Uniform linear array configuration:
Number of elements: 12
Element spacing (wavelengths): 0.75
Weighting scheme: kaiser
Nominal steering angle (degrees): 30
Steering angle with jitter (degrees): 29.512
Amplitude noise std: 0.05
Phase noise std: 0.05

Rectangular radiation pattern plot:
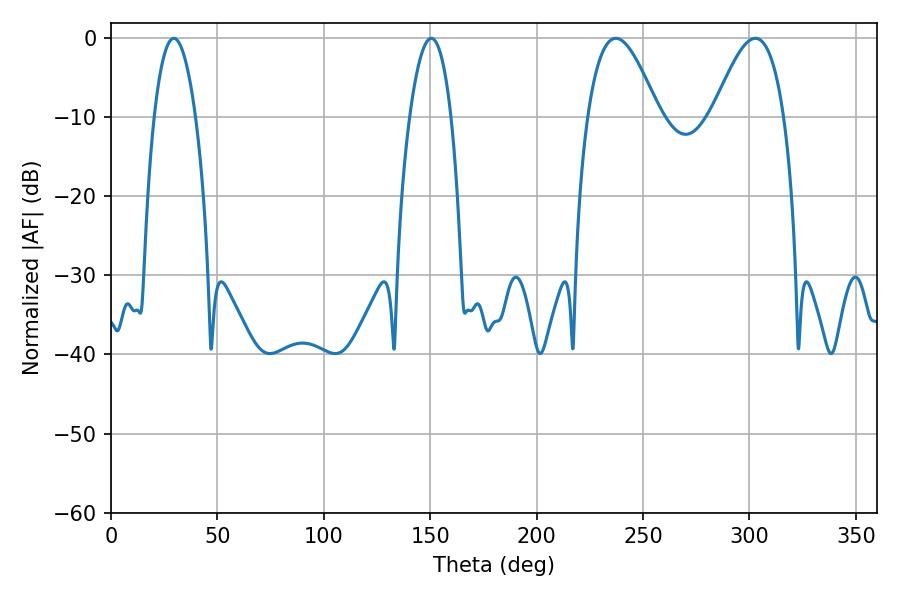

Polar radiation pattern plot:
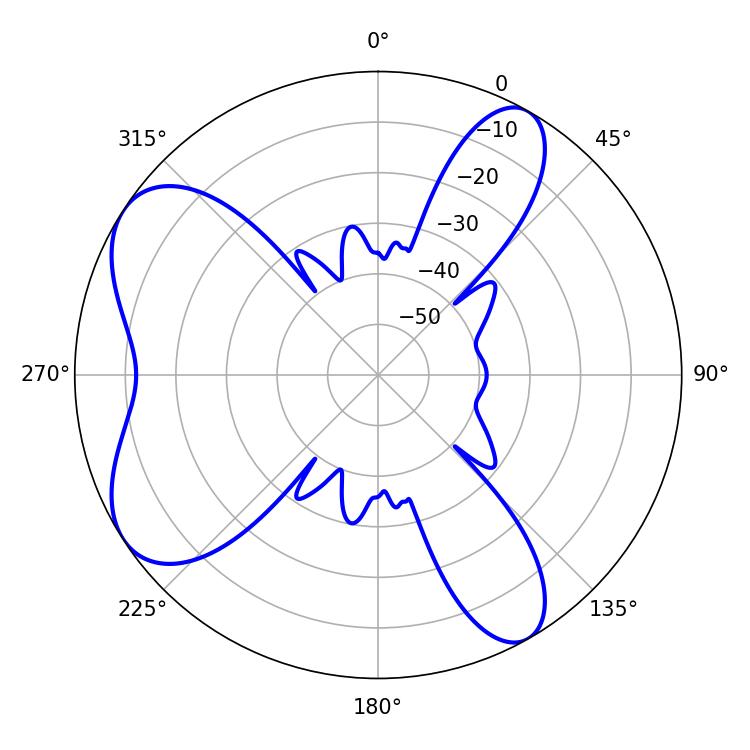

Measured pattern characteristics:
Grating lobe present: TRUE
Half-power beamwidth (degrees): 10.8
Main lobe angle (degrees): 29.52